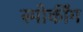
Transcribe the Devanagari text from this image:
स्मोकींग